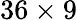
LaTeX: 36\times 9